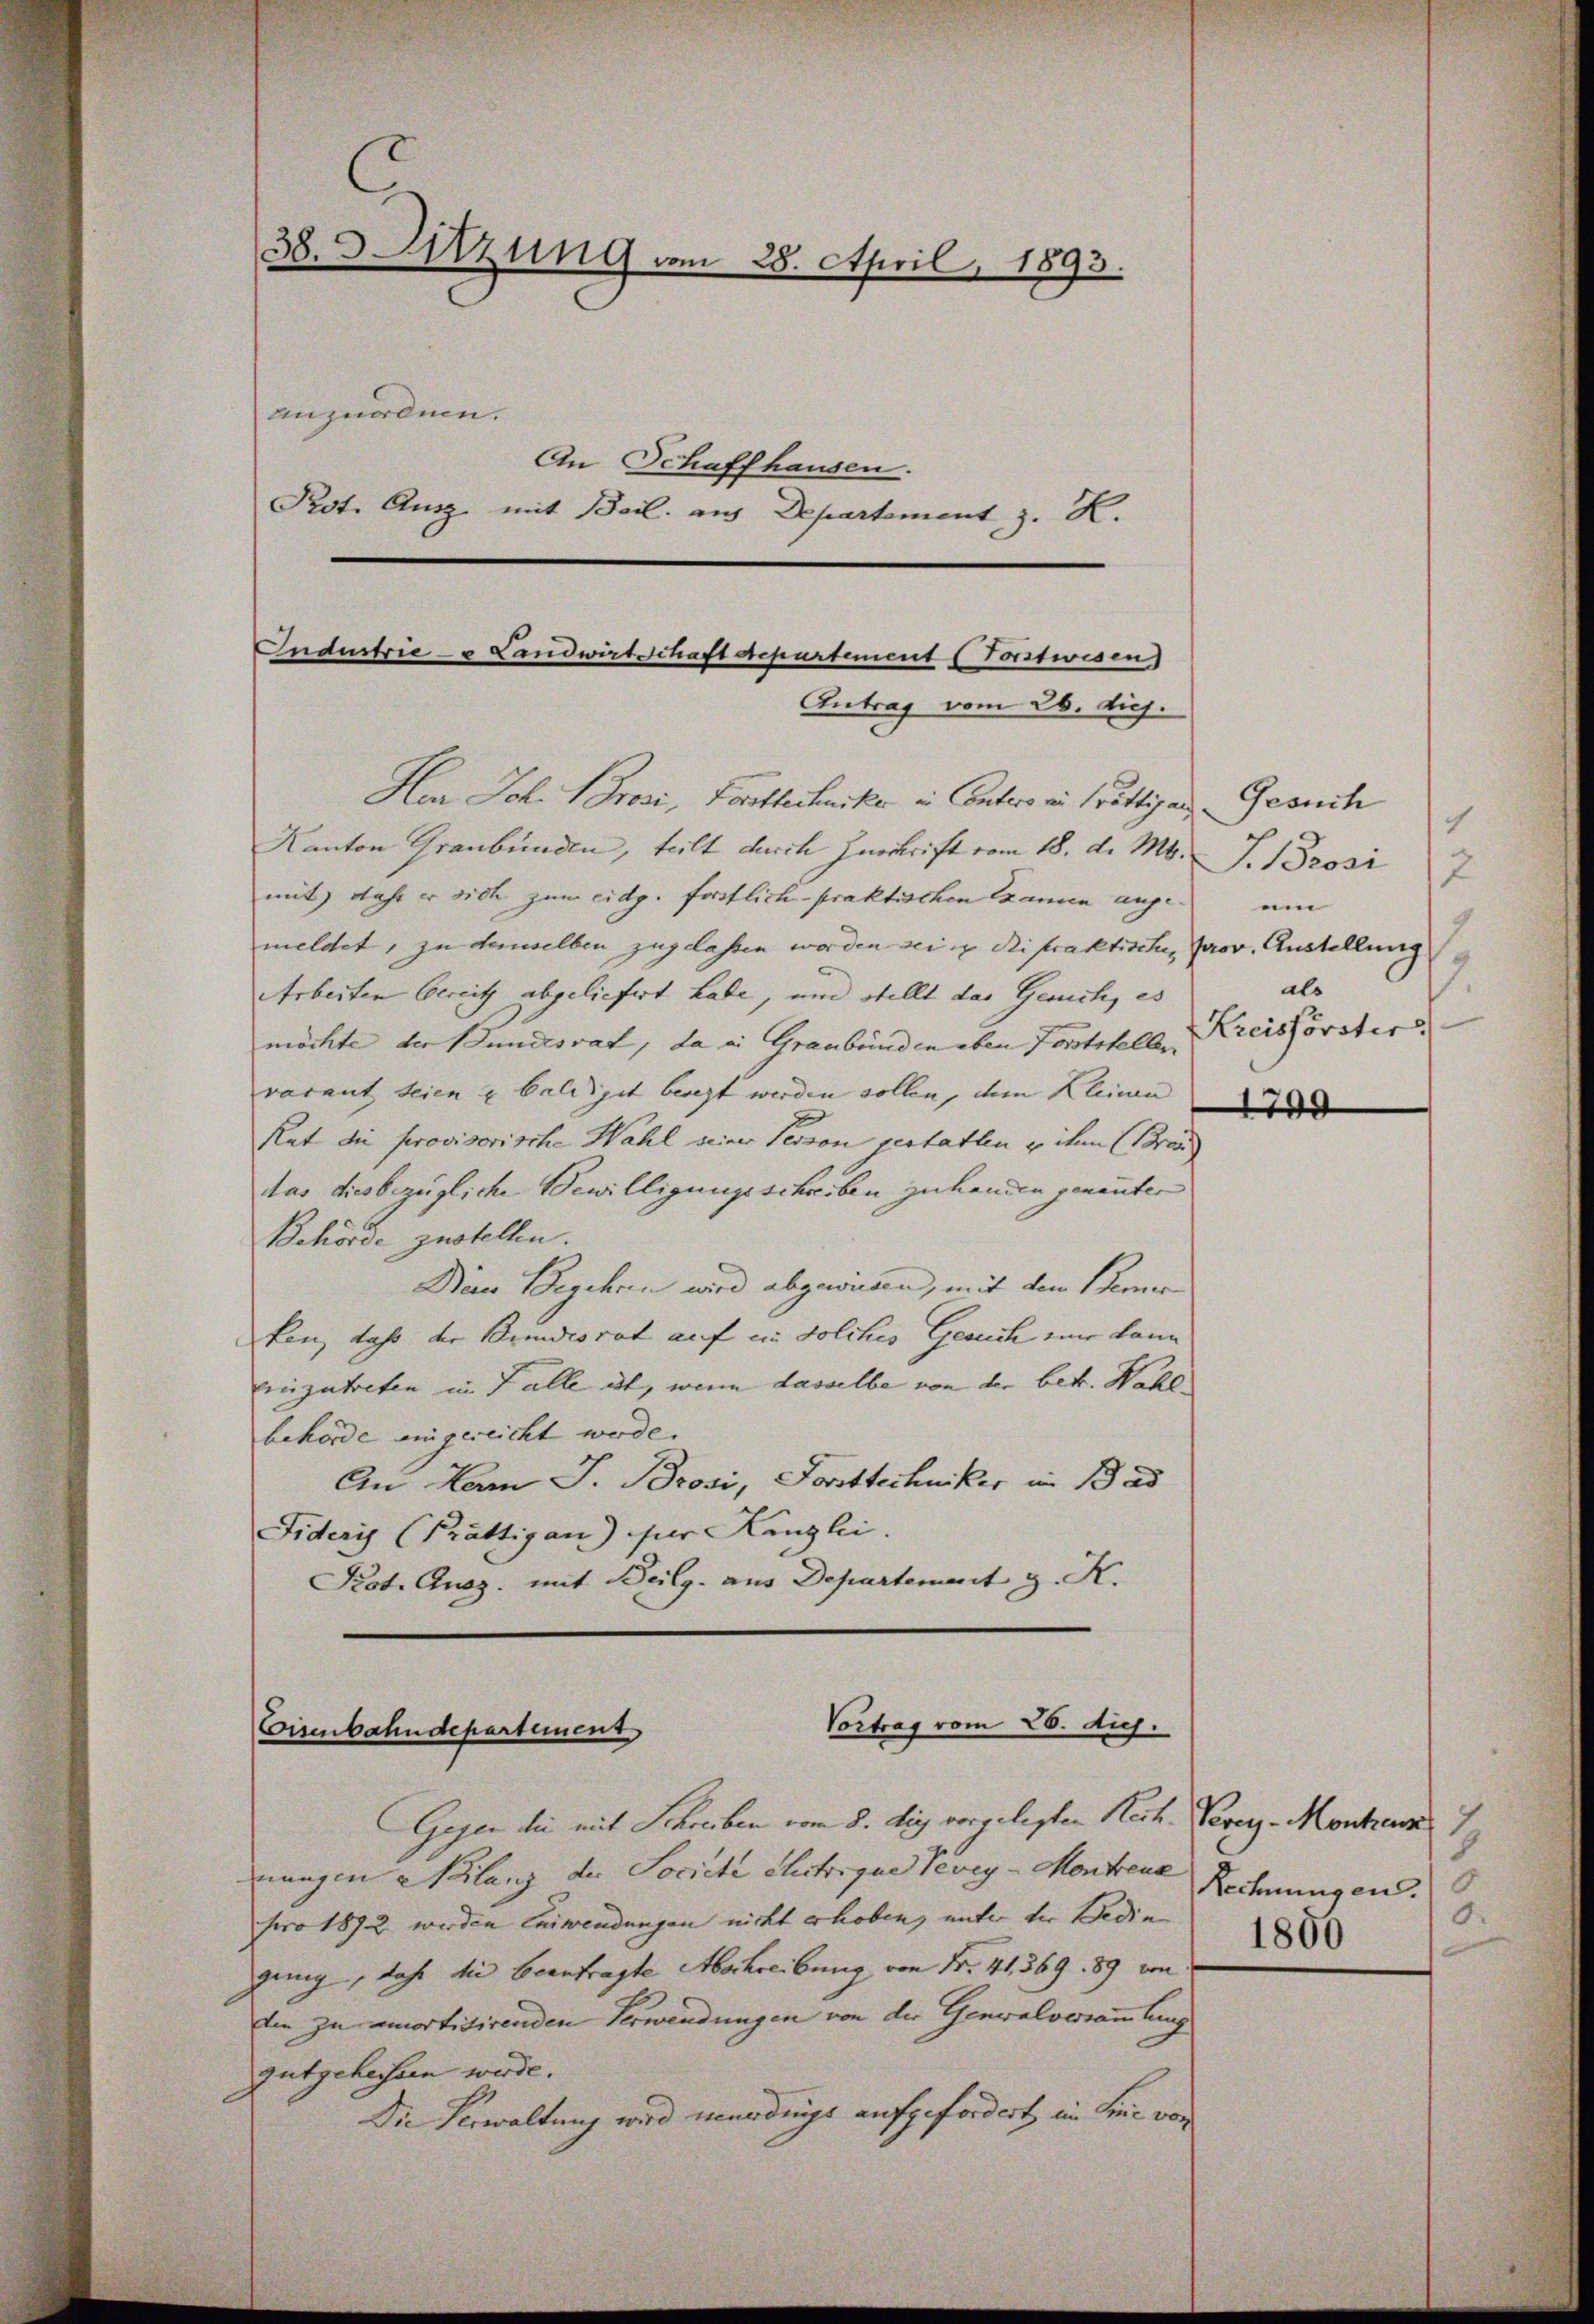
38. Sitzung vom 28. April
1893.
anzuordnen.
An Schaffhausen.
Prot. Ausz mit Beil. aus Departement z. R.

He Joh. Brosi, Fortflechniker in Contors ein Prättig aus
Kanton Graubünden, teilt durch Zuschrift vom 18. d. Mts. J. Brosi
mit Jahr er sich zum eidg. forstlich praktischen Examen angemeldet, zu demselben zugelassen worden sein Rifraktische, prov. Austellung
Arbeiten bereitz abgeliefert Lade, und stellt das Gerich, es
möchte der Bundesrat, da in Graubünden eben Forststellen
varant seien u baldiget beregt werden sollen, dem Kleinen
Rat die provisorische Wahl seiner Person gestatten u ihm (Brand
das diesbezügliche Bewilligungsschreiben zu handen genanter
Behörde zustellen.
Nein Begehren wird abgewiesen, mit dem Bemer
ken, daß der Bundesrat auf in solches Gesuch zum kann
inzutreten in Falle ist, wenn dasselbe von der betr. Wahlbehörde eingereicht werde.
An Herrn J. Brosi, Forsttechniker im Bad
Fideris (Prättigan) für Kanzlei.
Kot. Ausz. mit Beilg. aus Departement z. K.

Industrie - u Landwirtschaft Separtement Vorstwisen
Antrag vom 26. diej

Vortrag vom 26. di
Eisenbahndepartement

Gesuch
1
12
um
7.
als
Kreisförster.

Gegen die mit Schreiben vom 8. di vorgelegten Rech. Veveyz-Monten 79
nungen Nilanz der Societe Rectorique Vevey-Montreux Rechnungen.
pro 1872 werden Einwendungen nicht erhoben, unter der Bedin
ging, daß die beantragte Abschreibung von Nr. 41, 369. 89 von
tin zu amortitirenden Verwendungen von der Generalversammlung
gutgeheissen werde.
Die Verwaltung wird verdings aufgefordert im Linie von

1749

.
1800